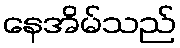
နေအိမ်သည်